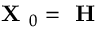
\boldsymbol { \textbf { X } } _ { 0 } = { \boldsymbol { \textbf { H } } }